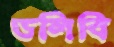
ডলিবি